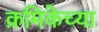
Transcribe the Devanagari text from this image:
क्रमिकेच्या